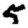
Digit: 5